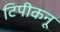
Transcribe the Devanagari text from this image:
टिपीकनू